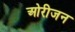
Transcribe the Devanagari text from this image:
ओरीजन